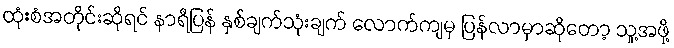
ထုံးစံအတိုင်းဆိုရင် နာရီပြန် နှစ်ချက်သုံးချက် လောက်ကျမှ ပြန်လာမှာဆိုတော့ သူ့အဖို့